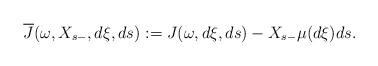
LaTeX: \begin{align*}\overline J(\omega,X_{s-}, d\xi,ds) := J(\omega,d\xi,ds) - X_{s-} \mu(d\xi)ds.\end{align*}